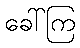
ခေါ်ကြ